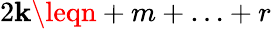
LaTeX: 2\mathbf{k}\leqn+m+\ldots+r